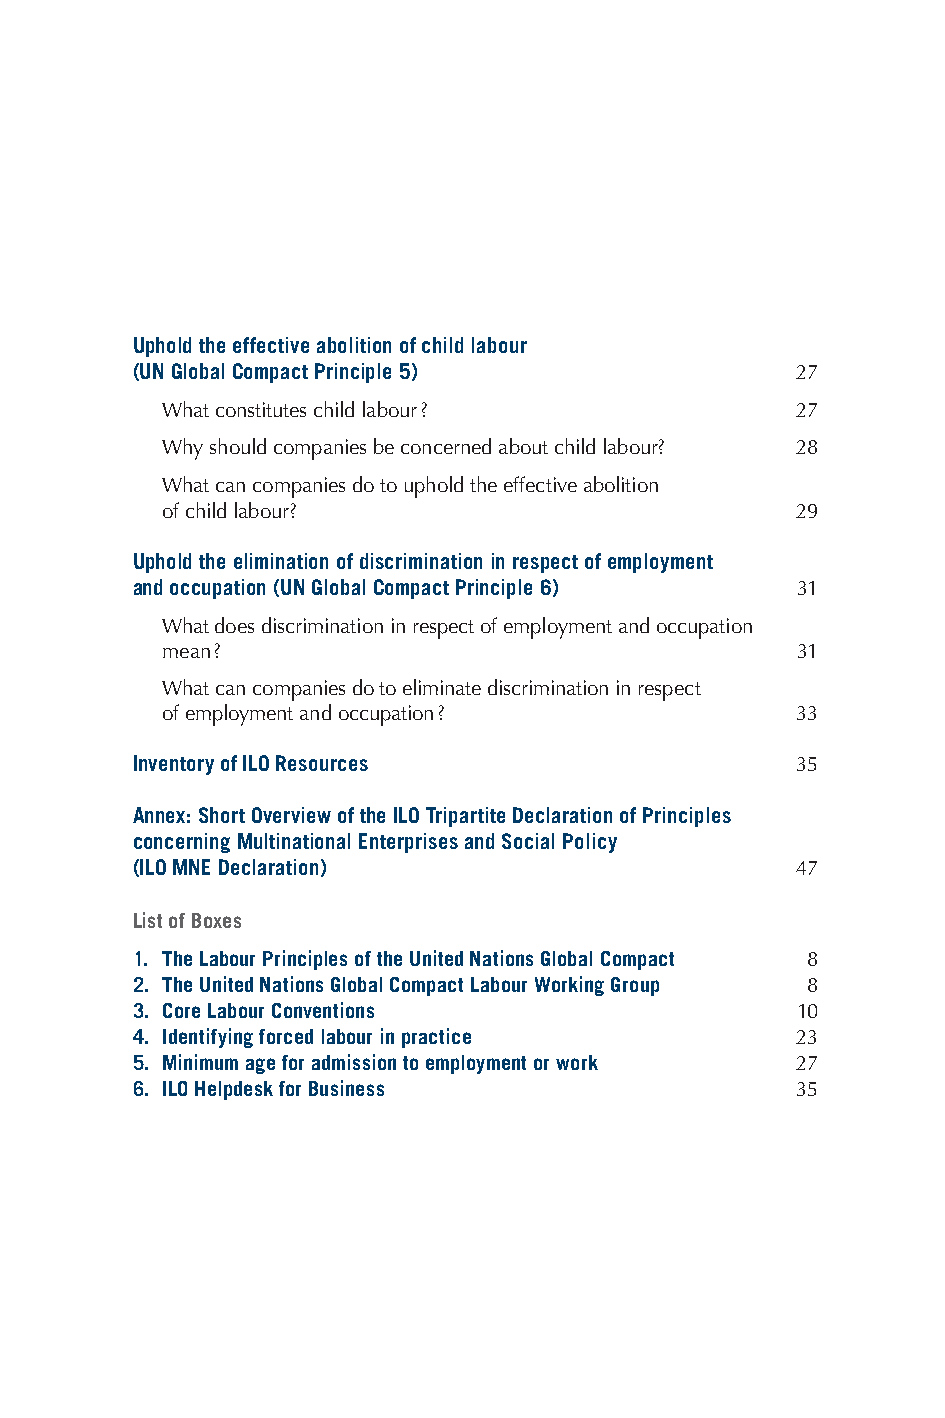
Uphold the effective abolition of child labour
 (UN Global Compact Principle 5)             27
 What constitutes child labour ?           27
 Why should companies be concerned about child labour? 28
 What can companies do to uphold the effective abolition
 of child labour?                          29
 Uphold the elimination of discrimination in respect of employment
 and occupation (UN Global Compact Principle 6) 31
 What does discrimination in respect of employment and occupation
 mean ?                                    31
 What can companies do to eliminate discrimination in respect
 of employment and occupation ?            33
 Inventory of ILO Resources                  35
 Annex: Short Overview of the ILO Tripartite Declaration of Principles
 concerning Multinational Enterprises and Social Policy
 (ILO MNE Declaration)                       47
 List of Boxes
 1. The Labour Principles of the United Nations Global Compact 8
 2. The United Nations Global Compact Labour Working Group 8
 3. Core Labour Conventions                  10
 4. Identifying forced labour in practice    23
 5. Minimum age for admission to employment or work 27
 6. ILO Helpdesk for Business                35